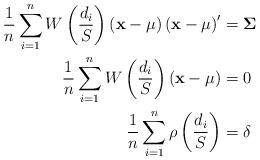
LaTeX: \begin{align*}\frac{1}{n}\sum_{i=1}^{n}W\left( \frac{d_{i}}{S}\right) \left(\mathbf{x-\mu}\right) \left( \mathbf{x-\mu}\right) ^{\prime} &=\mathbf{\Sigma~\ \ }\\\frac{1}{n}\sum_{i=1}^{n}W\left( \frac{d_{i}}{S}\right) \left(\mathbf{x-\mu}\right) & =0\\\frac{1}{n}\sum_{i=1}^{n}\rho\left( \frac{d_{i}}{S}\right) &=\delta\end{align*}